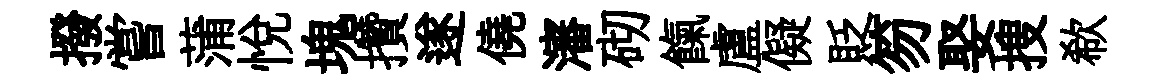
撥嘗蒲悦塊攢遂僥瀋砌餼盧儗貶笏娶搜欷